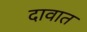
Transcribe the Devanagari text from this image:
दावात